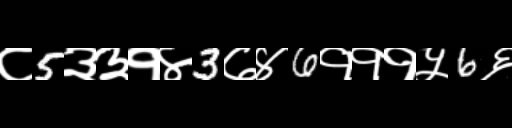
Text: ८5३३१४3७४6१११५6६